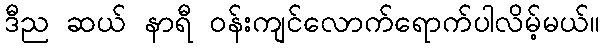
ဒီည ဆယ် နာရီ ဝန်းကျင်လောက်ရောက်ပါလိမ့်မယ်။